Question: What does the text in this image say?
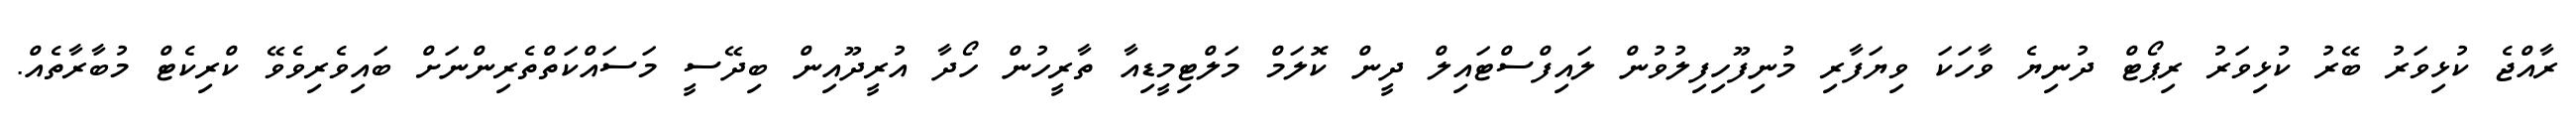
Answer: ރާއްޖެ ކުޅިވަރު ބޭރު ކުޅިވަރު ރިޕޯޓް ދުނިޔެ ވާހަކަ ވިޔަފާރި މުނިފޫހިފިލުވުން ލައިފްސްޓައިލް ދީން ކޮލަމް މަލްޓިމީޑިއާ ތާރީހުން ހޯދާ އުރީދޫއިން ބިދޭސީ މަސައްކަތްތެރިންނަށް ބައިވެރިވެވޭ ކްރިކެޓް މުބާރާތެއް.